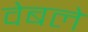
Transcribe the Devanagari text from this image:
वेबले